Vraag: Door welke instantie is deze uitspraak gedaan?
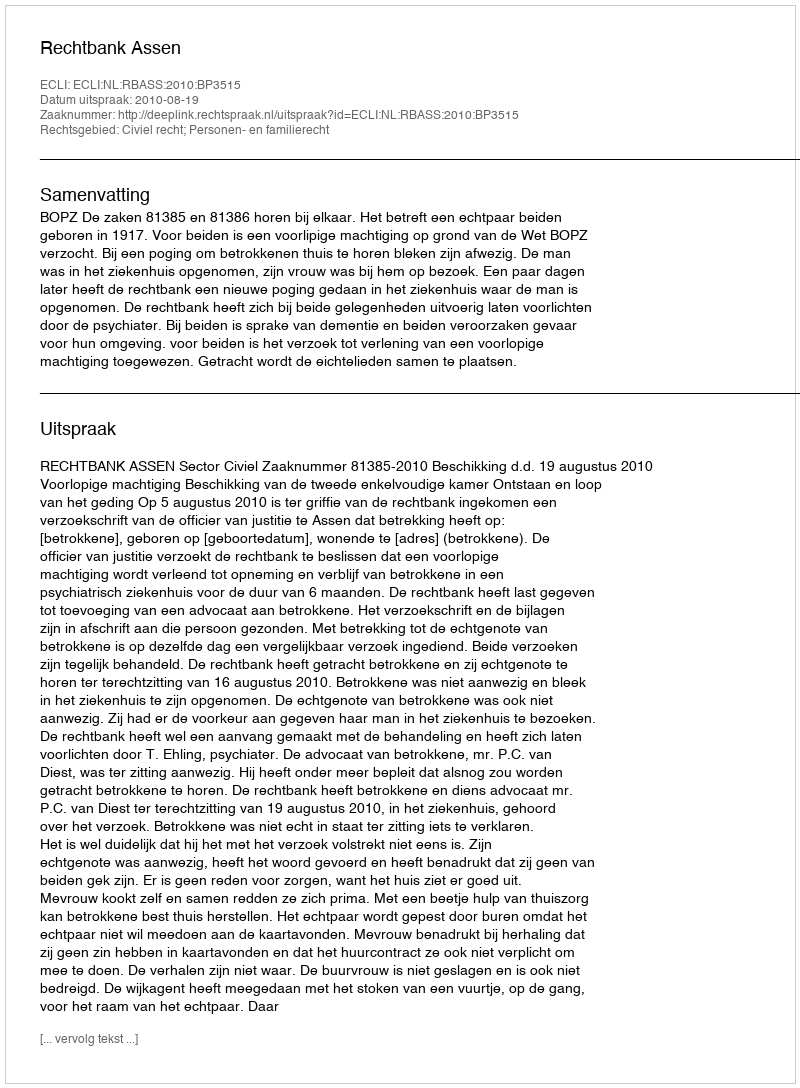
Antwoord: Rechtbank Assen